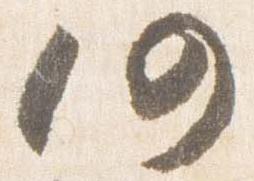
仍